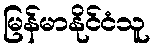
မြန်မာနိုင်ငံသူ